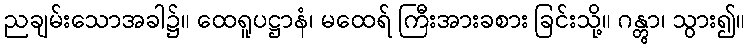
ညချမ်းသောအခါ၌။ ထေရူပဋ္ဌာနံ၊ မထေရ် ကြီးအားခစား ခြင်းသို့။ ဂန္တွာ၊ သွား၍။